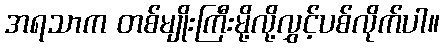
အရသာက တစ်မျိုးကြီးမို့လို့လွှင့်ပစ်လိုက်ပါ။